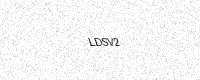
Text: LDSV2